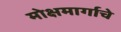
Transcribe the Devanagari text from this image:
मोक्षमार्गाचे